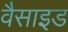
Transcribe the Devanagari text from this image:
वैसाइड